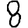
Digit: 8